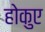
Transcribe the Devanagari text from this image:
होकुए